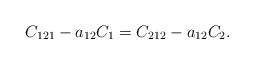
LaTeX: \begin{align*}C_{121}-a_{12} C_1=C_{212}-a_{12} C_2.\end{align*}